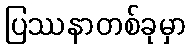
ပြဿနာတစ်ခုမှာ